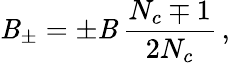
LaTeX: \mathit{B}_{\pm}=\pm\mathit{B}\, \frac{{N_{c}\mp1}}{{2N_{c}}}\, ,